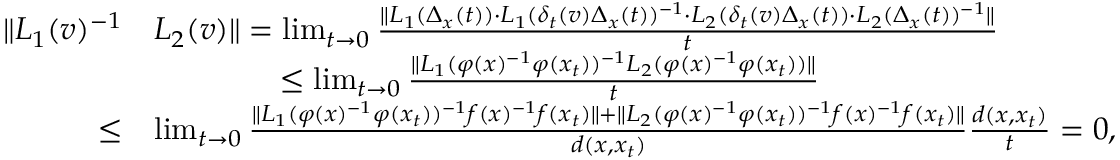
\begin{array} { r l } { \lVert L _ { 1 } ( v ) ^ { - 1 } } & { L _ { 2 } ( v ) \rVert = \operatorname* { l i m } _ { t \to 0 } \frac { \lVert L _ { 1 } ( \Delta _ { x } ( t ) ) \cdot L _ { 1 } ( \delta _ { t } ( v ) \Delta _ { x } ( t ) ) ^ { - 1 } \cdot L _ { 2 } ( \delta _ { t } ( v ) \Delta _ { x } ( t ) ) \cdot L _ { 2 } ( \Delta _ { x } ( t ) ) ^ { - 1 } \rVert } { t } } \\ & { \qquad \qquad \leq \operatorname* { l i m } _ { t \to 0 } \frac { \lVert L _ { 1 } ( \varphi ( x ) ^ { - 1 } \varphi ( x _ { t } ) ) ^ { - 1 } L _ { 2 } ( \varphi ( x ) ^ { - 1 } \varphi ( x _ { t } ) ) \rVert } { t } } \\ { \leq } & { \operatorname* { l i m } _ { t \to 0 } \frac { \lVert L _ { 1 } ( \varphi ( x ) ^ { - 1 } \varphi ( x _ { t } ) ) ^ { - 1 } f ( x ) ^ { - 1 } f ( x _ { t } ) \rVert + \lVert L _ { 2 } ( \varphi ( x ) ^ { - 1 } \varphi ( x _ { t } ) ) ^ { - 1 } f ( x ) ^ { - 1 } f ( x _ { t } ) \rVert } { d ( x , x _ { t } ) } \frac { d ( x , x _ { t } ) } { t } = 0 , } \end{array}